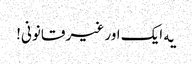
‎یه ایک اور غیر قانونی!